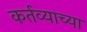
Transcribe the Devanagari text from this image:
कर्तव्याच्या